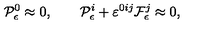
{ \cal P } _ { \epsilon } ^ { 0 } \approx 0 , \qquad { \cal P } _ { \epsilon } ^ { i } + \varepsilon ^ { 0 i j } { \cal F } _ { \epsilon } ^ { j } \approx 0 ,